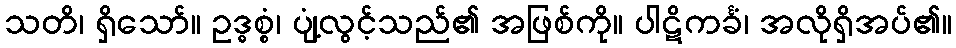
သတိ၊ ရှိသော်။ ဥဒ္ဓစ္စံ၊ ပျံ့လွင့်သည်၏ အဖြစ်ကို။ ပါဋိကင်္ခံ၊ အလိုရှိအပ်၏။